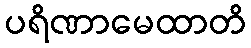
ပရိဏာမေထာတိ